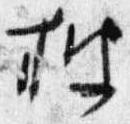
披